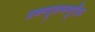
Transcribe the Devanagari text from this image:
डब्ल्यूडब्ल्यूऍफ़